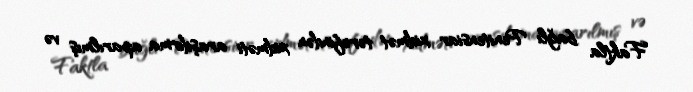
Faktla bağlı Penitensiar xidmət tərəfindən xidməti araşdırma aparılmış və